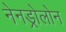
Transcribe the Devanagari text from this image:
नेनड्रोलोन